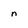
Character: n